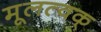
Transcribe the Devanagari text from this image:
मूलत्वक्